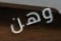
وهن